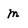
Character: m